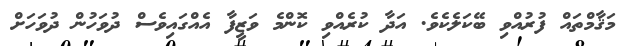
މަޤާމްތައް ފުރުއްވި ބޭކަލެކެވެ. އަދާ ކުރެއްވި ކޮންމެ ވަޒީފާ އެއްގައިވެސް ދުވަހުން ދުވަހަށް